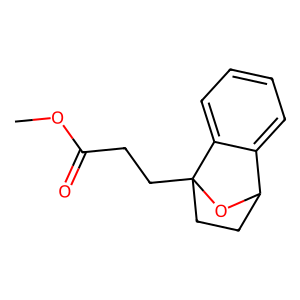
SMILES: COC(=O)CCC12CCC(O1)c1ccccc12
Inhibits HIV replication: No